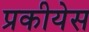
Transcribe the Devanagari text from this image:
प्रकीयेस